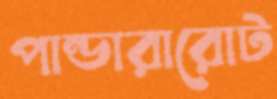
পান্ডারারোট